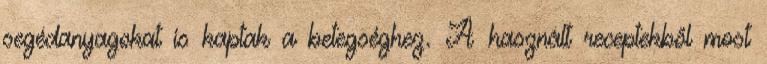
segédanyagokat is kaptak a betegséghez. A használt receptekből most